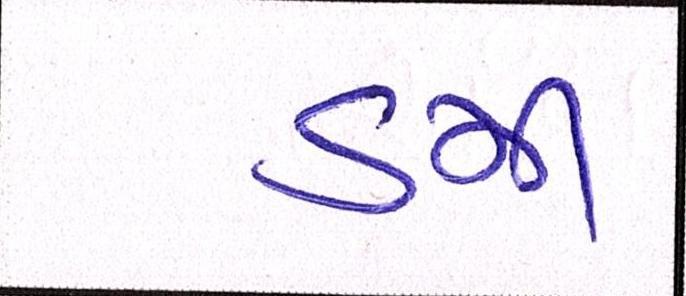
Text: ડમી